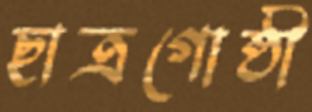
ছাত্রগোষ্ঠী